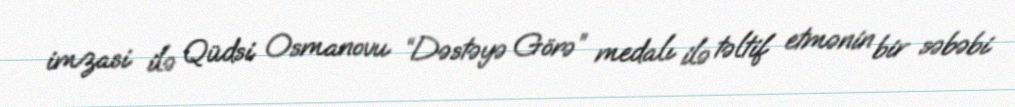
imzasi ilə Qüdsi Osmanovu “Dəstəyə Görə” medalı ilə təltif etmənin bir səbəbi